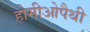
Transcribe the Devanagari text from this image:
होमीओपैथी